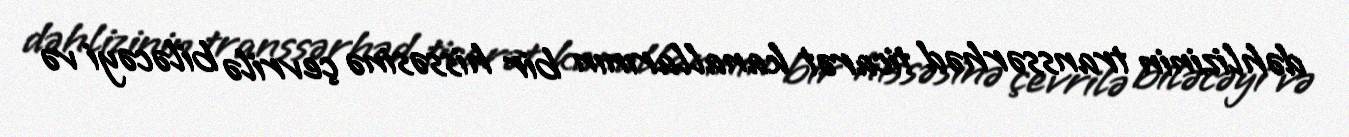
dəhlizinin transsərhəd ticarət kanallarının bir hissəsinə çevrilə biləcəyi və